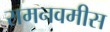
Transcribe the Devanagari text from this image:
रामनवमीस